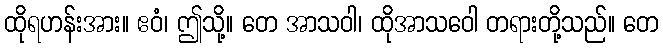
ထိုရဟန်းအား။ ဧဝံ၊ ဤသို့။ တေ အာသဝါ၊ ထိုအာသဝေါ တရားတို့သည်။ တေ